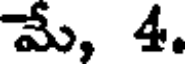
మే, 4.